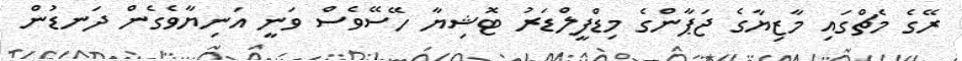
ރޭގެ މެޗްގައި މާޒިޔާގެ ޖަޕާންގެ މިޑްފީލްޑަރު ޓޮޝިޔާ ހޭސޭވެސް ވަނީ އަނިޔާވެގެން ދަނޑުން